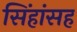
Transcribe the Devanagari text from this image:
सिंहांसह